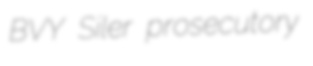
BVY Siler prosecutory